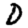
Digit: 0